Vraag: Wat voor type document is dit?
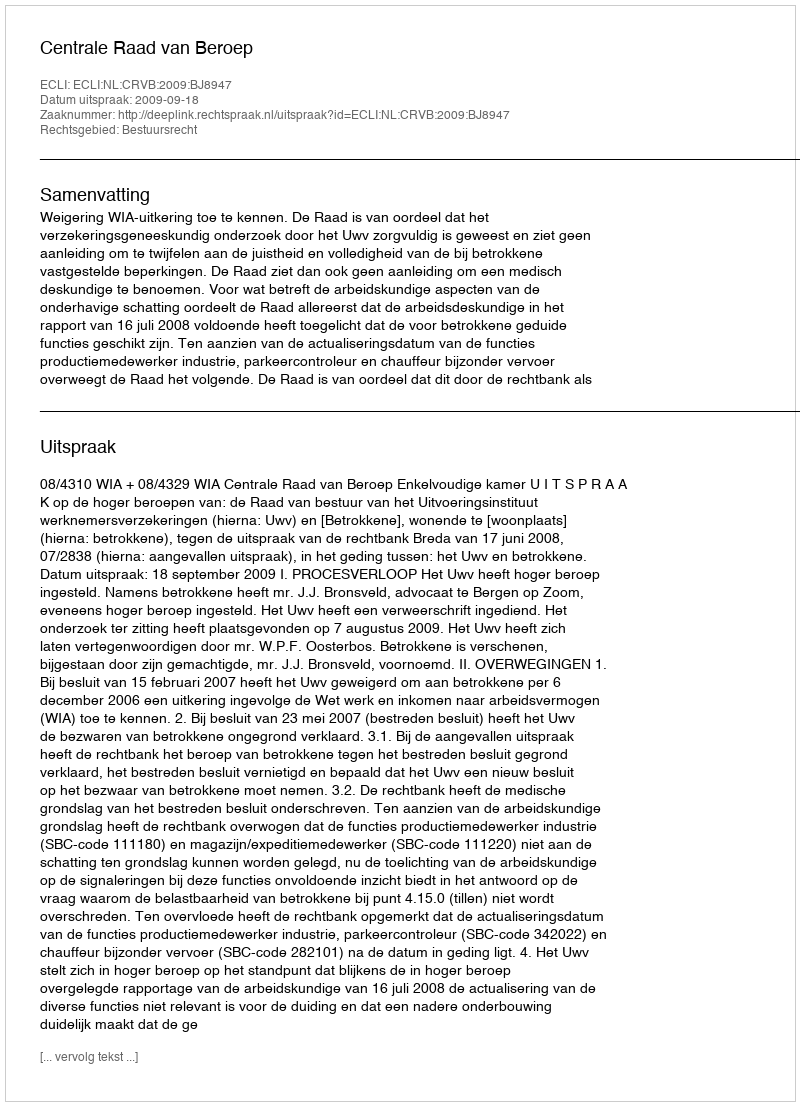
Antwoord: Uitspraak